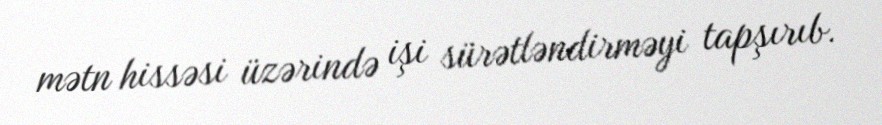
mətn hissəsi üzərində işi sürətləndirməyi tapşırıb.